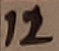
Text: 12